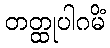
တတ္ထုပါဂမိံ